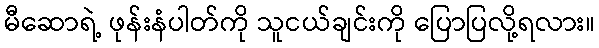
မီဆောရဲ့ ဖုန်းနံပါတ်ကို သူငယ်ချင်းကို ပြောပြလို့ရလား။